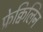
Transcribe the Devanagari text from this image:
फ्रेक्विलिन